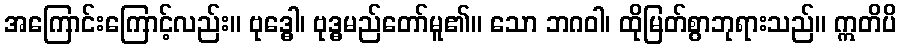
အကြောင်းကြောင့်လည်း။ ဗုဒ္ဓေါ၊ ဗုဒ္ဓမည်တော်မူ၏။ သော ဘဂဝါ၊ ထိုမြတ်စွာဘုရားသည်။ ဣတိပိ